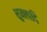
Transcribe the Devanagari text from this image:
शुक्लादि